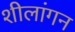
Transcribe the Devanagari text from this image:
शीलांगन